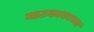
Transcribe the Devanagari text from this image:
नाटकाकाच्या